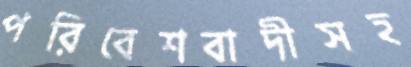
পরিবেশবাদীসহ